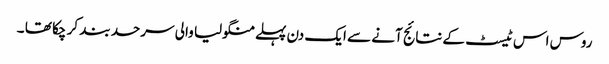
روس اس ٹیسٹ کے نتائج آنے سے ایک دن پہلے منگولیا والی سرحد بند کر چکا تھا ۔